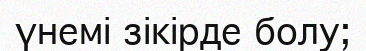
үнемі зікірде болу;